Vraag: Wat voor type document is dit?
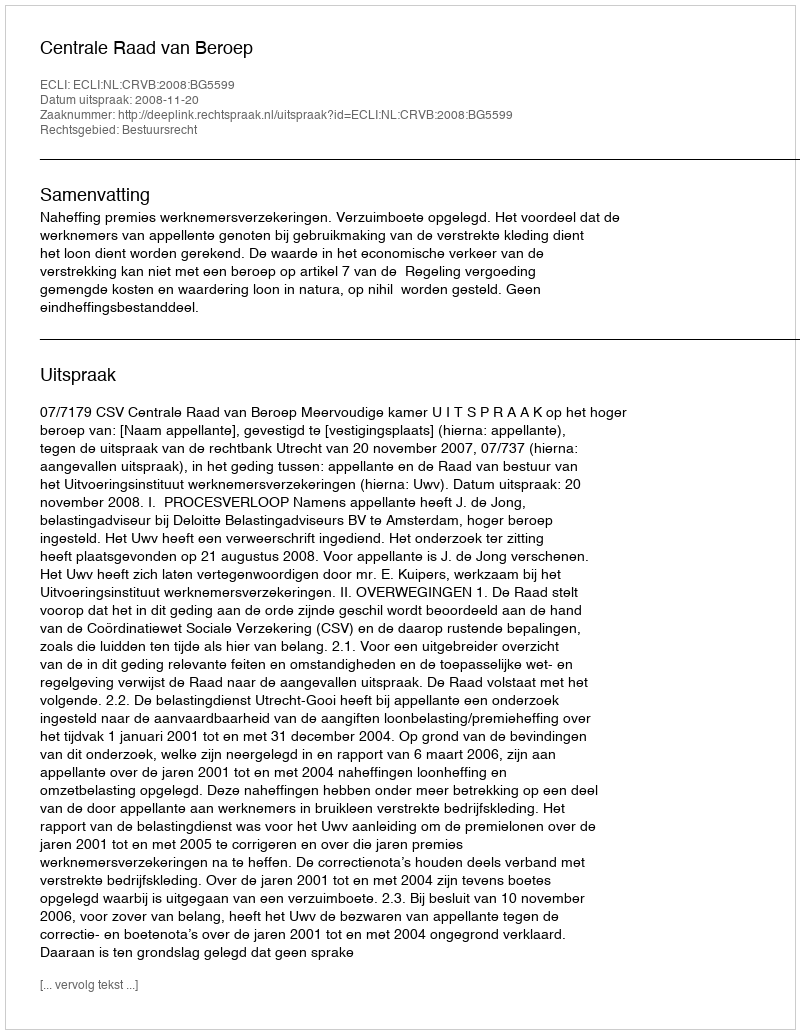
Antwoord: Uitspraak